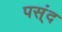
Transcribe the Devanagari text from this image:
पस्ंद